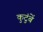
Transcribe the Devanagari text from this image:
कुटुंबें